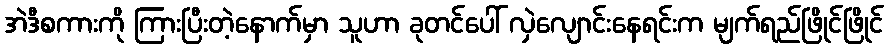
အဲဒီစကားကို ကြားပြီးတဲ့နောက်မှာ သူဟာ ခုတင်ပေါ် လှဲလျောင်းနေရင်းက မျက်ရည်ဖြိုင်ဖြိုင်